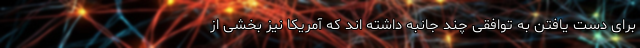
برای دست یافتن به توافقی چند جانبه داشته اند که آمریکا نیز بخشی از